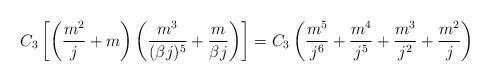
LaTeX: \begin{align*}C_3\left[\left(\frac{m^2}{j}+m\right)\left(\frac{m^3}{(\beta j)^{5}}+\frac{m}{\beta j}\right)\right]=C_3\left(\frac{m^5}{j^{6}}+\frac{m^4}{j^5}+\frac{m^3}{j^2}+\frac{m^2}{j}\right)\end{align*}